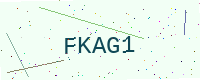
Text: FKAG1